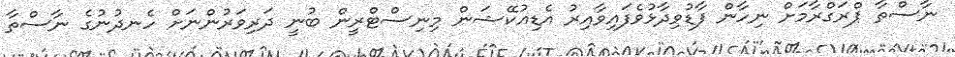
ނާސްތާ ޕްރަގްރާމަށް ނިހާން ފާޑުވިދާޅުވެފައިވާއިރު އެޑިއުކޭޝަން މިނިސްޓްރީން ބުނީ ދަރިވަރުންނަށް ހެނދުނުގެ ނާސްތާ